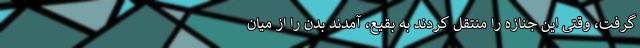
گرفت، وقتی این جنازه را منتقل کردند به بقیع، آمدند بدن را از میان